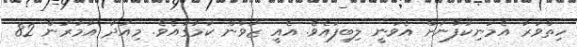
ހިތްވަރު އެމަނިކުފާނަށް އެވަނީ ލިބިފައެވެ. އެއީ ޒުވާން ކަމުގައެވެ. މިއަދު އުމުރުން 82